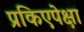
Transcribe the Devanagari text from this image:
प्रकिएपेक्षा